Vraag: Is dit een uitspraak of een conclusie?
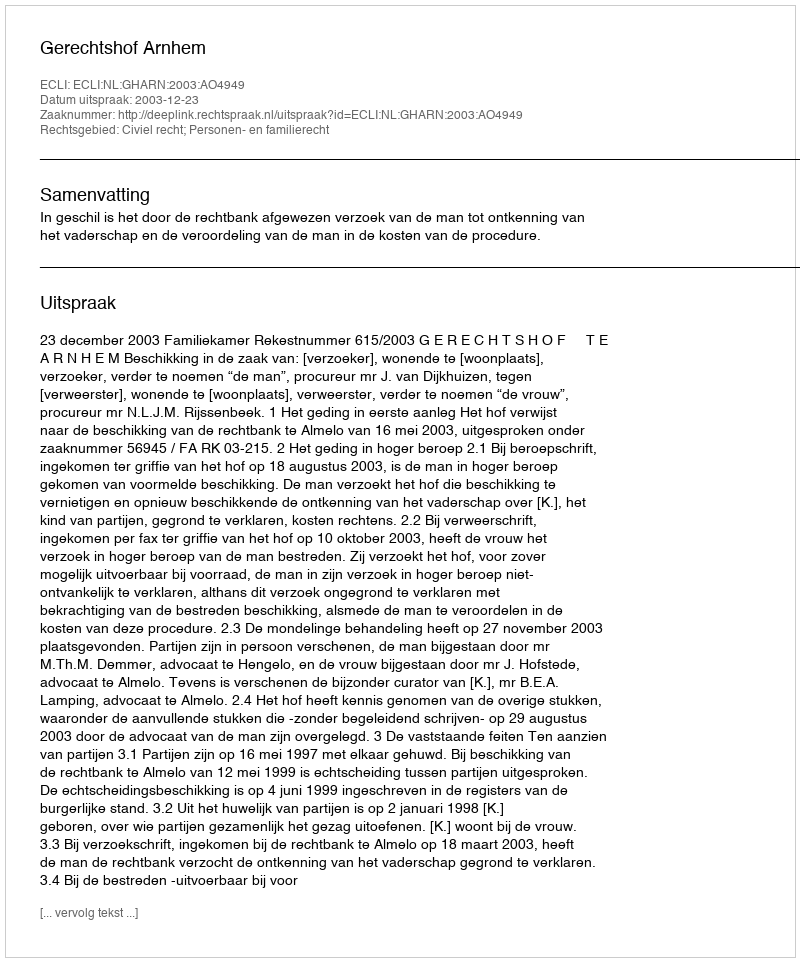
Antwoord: Uitspraak